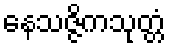
နေသဇ္ဇိကသုတ္တံ